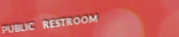
PUBLIC RESTROOM